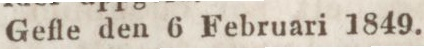
Gefle den 6 Februari 1849.